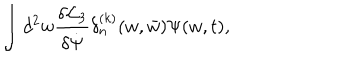
LaTeX: \int d ^ { 2 } w { \frac { \delta { \cal L } _ { 3 } } { \delta { \dot { \Psi } } } } \delta _ { n } ^ { ( k ) } ( w , { \bar { w } } ) \Psi ( w , t ) ,